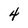
Character: 4